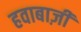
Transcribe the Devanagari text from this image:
हवाबाज़ी